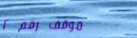
موقف رقم ٢